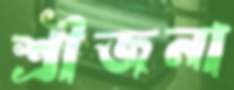
শ্রীজনা